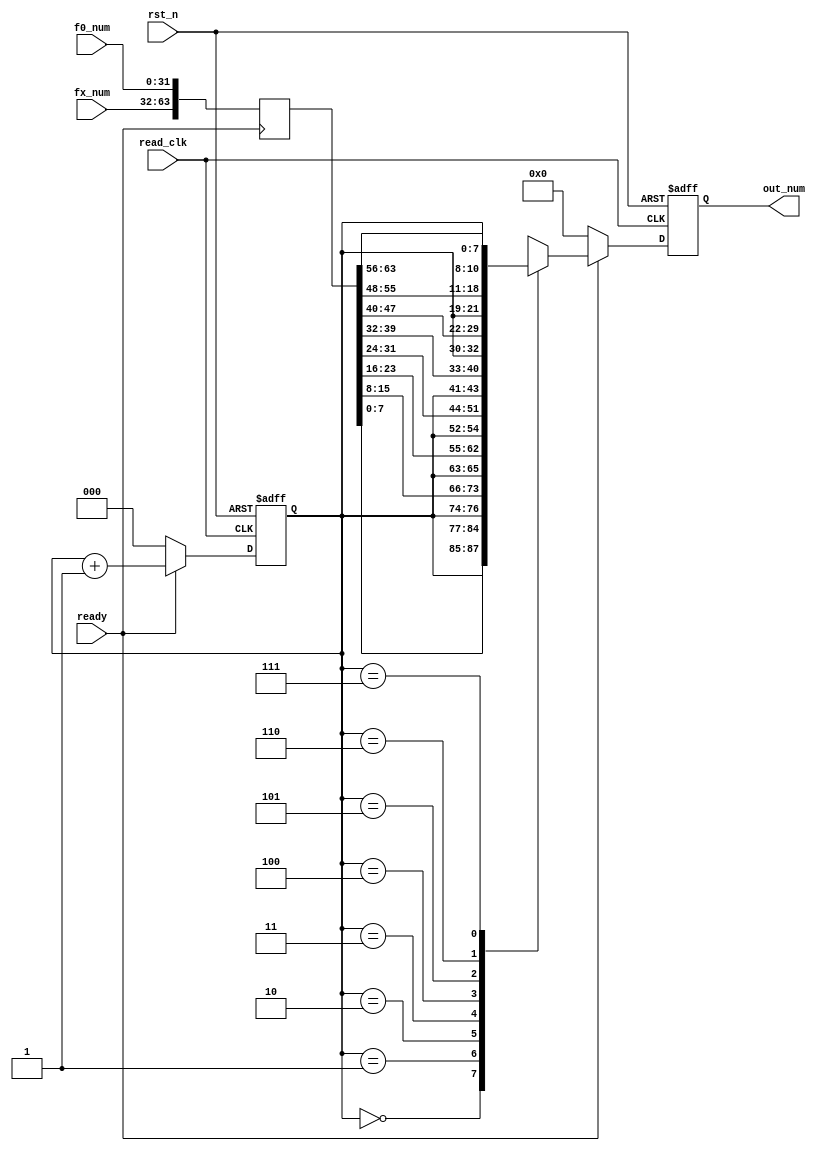
module data_rw(
	output reg [10:0] out_num,
	input[31:0] f0_num,
	input[31:0] fx_num,
	input ready,
	input read_clk,
	input rst_n
);

	reg [2:0] shift_rd = 3'd0;
	reg [63:0] out_buffer = 64'd0;

	always @ (posedge ready)
	begin
		out_buffer[63:0]<={fx_num[31:0], f0_num[31:0]};
		//out_buffer[63:0]<=64'h12345678abcdef09;
	end	
	
	//initial shift_rd[2:0]<=3'b000;
	
	always @ (posedge read_clk or negedge rst_n)
	begin
		if(!rst_n)
			begin
				shift_rd <= 3'd0;
				out_num <= 11'd0;
			end
		else
			begin
				if(ready)
					begin
						shift_rd[2:0]<=shift_rd[2:0]+1'b1;
						case (shift_rd[2:0])		
							3'b000:out_num<={shift_rd[2:0],out_buffer[7:0]};
							3'b001:out_num<={shift_rd[2:0],out_buffer[15:8]};
							3'b010:out_num<={shift_rd[2:0],out_buffer[23:16]};
							3'b011:out_num<={shift_rd[2:0],out_buffer[31:24]};
							3'b100:out_num<={shift_rd[2:0],out_buffer[39:32]};
							3'b101:out_num<={shift_rd[2:0],out_buffer[47:40]};
							3'b110:out_num<={shift_rd[2:0],out_buffer[55:48]};
							3'b111:out_num<={shift_rd[2:0],out_buffer[63:56]};
							default:shift_rd[2:0]<=3'b111;
						endcase			
					end
				else
					begin
						out_num<=11'd0;
						shift_rd<=3'd0;
					end
			end	
	end	




endmodule